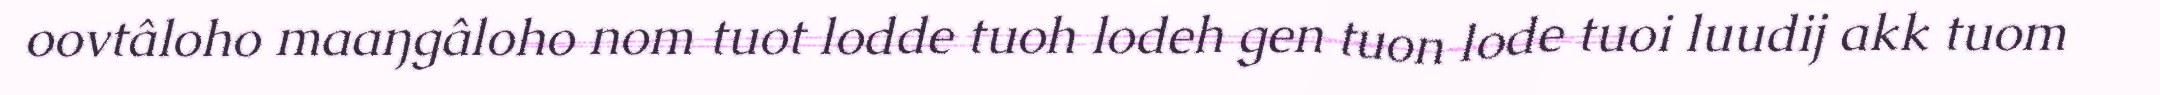
oovtâloho maaŋgâloho nom tuot lodde tuoh lodeh gen tuon lode tuoi luudij akk tuom